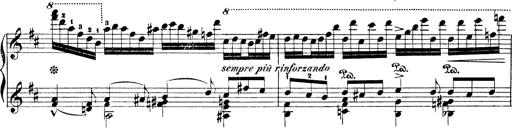
Title: Illustrations de l'opÃ©ra L'Africaine
Composer: Franz Liszt